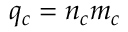
q _ { c } = n _ { c } m _ { c }